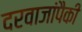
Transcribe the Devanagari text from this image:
दरवाजांपैकी